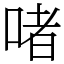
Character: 啫